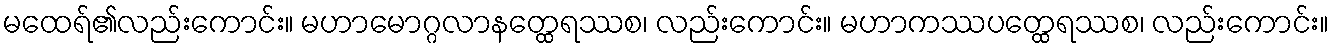
မထေရ်၏လည်းကောင်း။ မဟာမောဂ္ဂလာနတ္ထေရဿစ၊ လည်းကောင်း။ မဟာကဿပတ္ထေရဿစ၊ လည်းကောင်း။